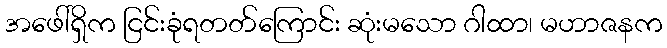
အဖေါ်ရှိက ငြင်းခုံရတတ်ကြောင်း ဆုံးမသော ဂါထာ၊ မဟာဇနက